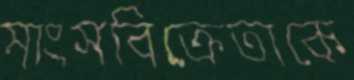
মাংসবিক্রেতাকে